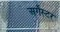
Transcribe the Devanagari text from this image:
अर्गेस्टर